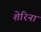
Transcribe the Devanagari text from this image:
शेरिना